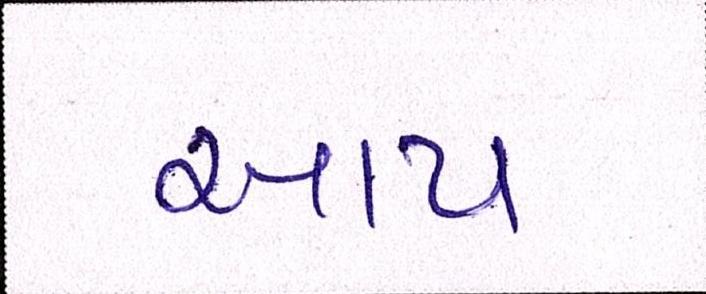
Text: આપ